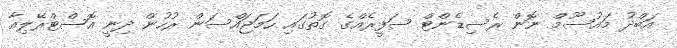
އަބްދު މައުސޫމް ނޮން ރެސިޑެންޓް ސަފީރެއްގެ ގޮތުގައި ހަމަޖައްސަން ރުހުން ދިނީ އޮސްޓްރޭލިއާ